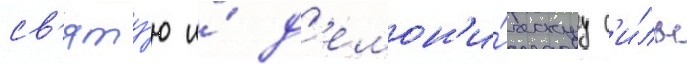
св'яту́ю и́ д'емон'и́ческуу с'и́лы